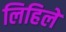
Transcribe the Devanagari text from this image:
लिहिलें